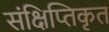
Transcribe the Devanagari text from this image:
संक्षिप्तिकृत